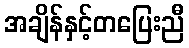
အချိန်နှင့်တပြေးညီ